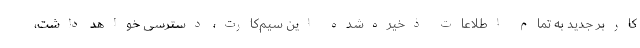
کاربر جدید به تمام اطلاعات ذخیره‌شده این سیم‌کارت‌، دسترسی خواهد داشت،